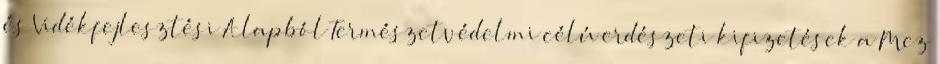
és Vidékfejlesztési Alapból Természetvédelmi célú erdészeti kifizetések a Mez